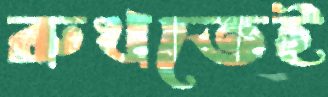
রুখতেই